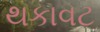
થકાવટ